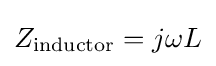
Z_{\text{inductor}}=j\omega L